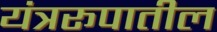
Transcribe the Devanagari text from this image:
यंत्ररूपातील